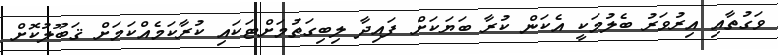
ވަގުތާއި އިރުވަރު ބެލުމަކީ އެކަން ކުރާ ބަޔަކަށް ފައިދާ ލިބިގަތުމަށްޓަކައި ކުރާކަމެއްކަމަށް ޤަބޫލުކޮށް